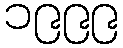
၁၉၉၉